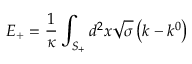
E _ { + } = \frac { 1 } { \kappa } \int _ { S _ { + } } ^ { { } } d ^ { 2 } x \sqrt { \sigma } \left( k - k ^ { 0 } \right)